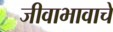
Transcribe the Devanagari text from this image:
जीवाभावाचे